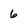
Character: 6